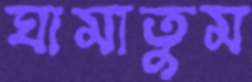
ঘামাতুম